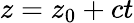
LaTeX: z=z_{0}+ct